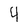
Character: 4